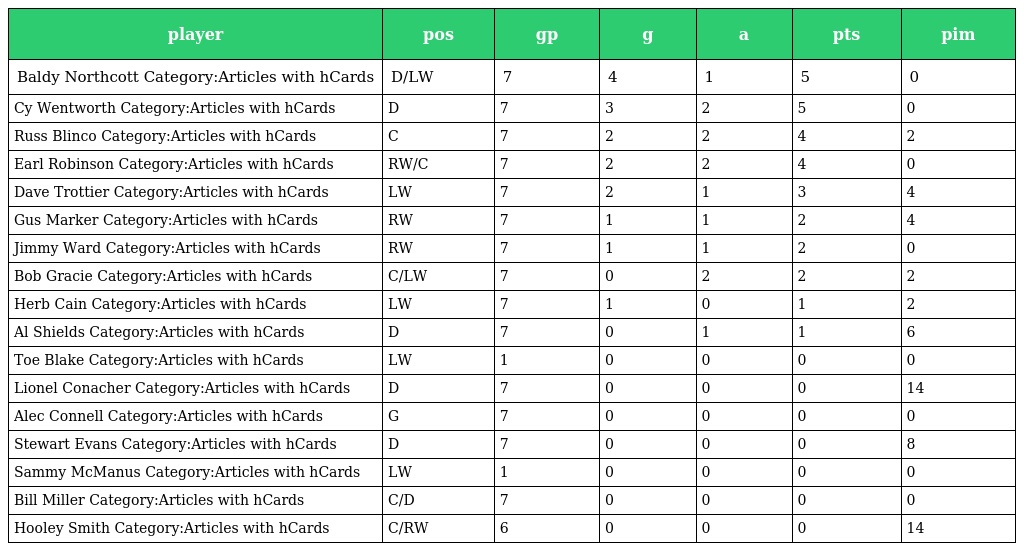
| player | pos | gp | g | a | pts | pim |
 | --- | --- | --- | --- | --- | --- | --- |
 | Baldy Northcott Category:Articles with hCards | D/LW | 7 | 4 | 1 | 5 | 0 |
 | Cy Wentworth Category:Articles with hCards | D | 7 | 3 | 2 | 5 | 0 |
 | Russ Blinco Category:Articles with hCards | C | 7 | 2 | 2 | 4 | 2 |
 | Earl Robinson Category:Articles with hCards | RW/C | 7 | 2 | 2 | 4 | 0 |
 | Dave Trottier Category:Articles with hCards | LW | 7 | 2 | 1 | 3 | 4 |
 | Gus Marker Category:Articles with hCards | RW | 7 | 1 | 1 | 2 | 4 |
 | Jimmy Ward Category:Articles with hCards | RW | 7 | 1 | 1 | 2 | 0 |
 | Bob Gracie Category:Articles with hCards | C/LW | 7 | 0 | 2 | 2 | 2 |
 | Herb Cain Category:Articles with hCards | LW | 7 | 1 | 0 | 1 | 2 |
 | Al Shields Category:Articles with hCards | D | 7 | 0 | 1 | 1 | 6 |
 | Toe Blake Category:Articles with hCards | LW | 1 | 0 | 0 | 0 | 0 |
 | Lionel Conacher Category:Articles with hCards | D | 7 | 0 | 0 | 0 | 14 |
 | Alec Connell Category:Articles with hCards | G | 7 | 0 | 0 | 0 | 0 |
 | Stewart Evans Category:Articles with hCards | D | 7 | 0 | 0 | 0 | 8 |
 | Sammy McManus Category:Articles with hCards | LW | 1 | 0 | 0 | 0 | 0 |
 | Bill Miller Category:Articles with hCards | C/D | 7 | 0 | 0 | 0 | 0 |
 | Hooley Smith Category:Articles with hCards | C/RW | 6 | 0 | 0 | 0 | 14 |